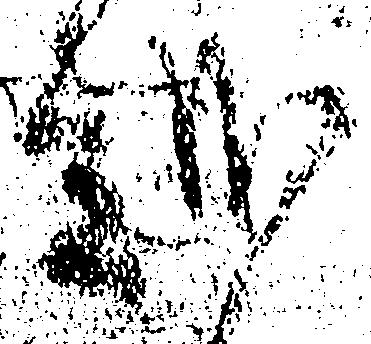
越